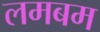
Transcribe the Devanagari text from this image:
लमबम